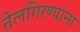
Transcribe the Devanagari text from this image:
तेलगिरण्यांना